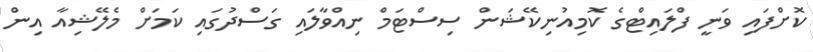
ކޮށްފައި ވަނީ ފްލައިޓްގެ ކޮމިއުނިކޭޝަން ސިސްޓަމް ނިއްވާލައި ގަސްދުގައި ކަމަށް މެލޭޝިއާ އިން